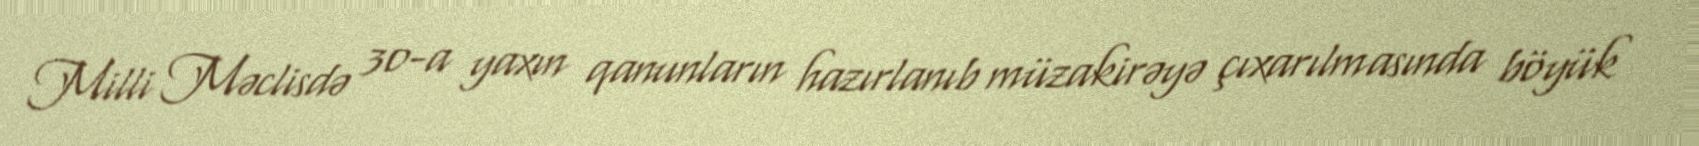
Milli Məclisdə 30-a yaxın qanunların hazırlanıb müzakirəyə çıxarılmasında böyük